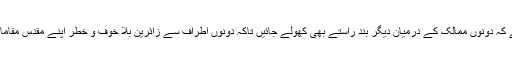
ضرورت اس امر کی ہے کہ دونوں ممالک کے درمیان دیگر بند راستے بھی کھولے جائیں تاکہ دونوں اطراف سے زائرین بلا خوف و خطر اپنے مقدس مقامات کی زیارت کر سکیں ۔